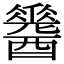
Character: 𨣩